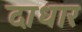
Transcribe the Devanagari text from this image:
दाधार